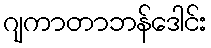
ဂျကာတာဘန်ဒေါင်း